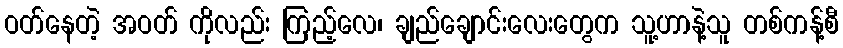
ဝတ်နေတဲ့ အဝတ် ကိုလည်း ကြည့်လေ၊ ချည်ချောင်းလေးတွေက သူ့ဟာနဲ့သူ တစ်ကန့်စီ